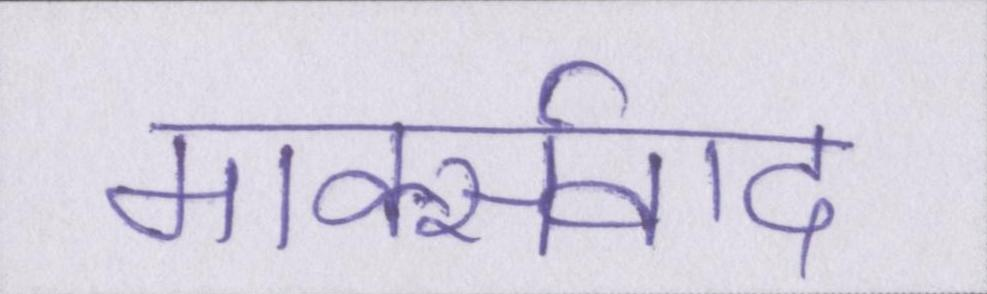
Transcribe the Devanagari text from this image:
मार्क्सवाद